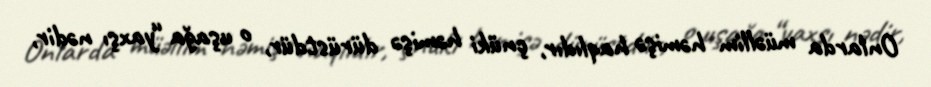
Onlarda müəllim həmişə haqlıdır, çnüki həmişə dürüstdür, o uşağa “yaxşı nədir,